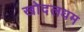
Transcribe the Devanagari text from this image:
खोदलधम